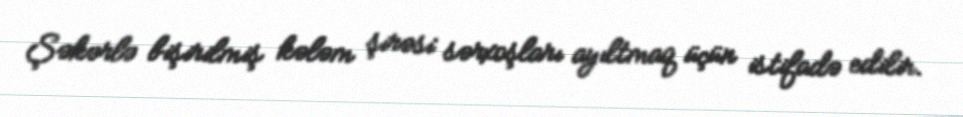
Şəkərlə bişirilmiş kələm şirəsi sərxoşları ayıltmaq üçün istifadə edilir.